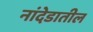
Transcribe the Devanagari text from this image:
नांदेडातील